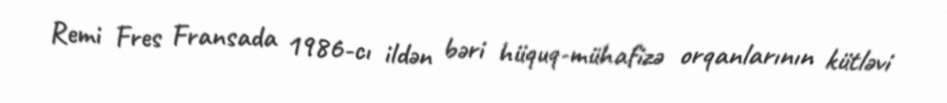
Remi Fres Fransada 1986-cı ildən bəri hüquq-mühafizə orqanlarının kütləvi